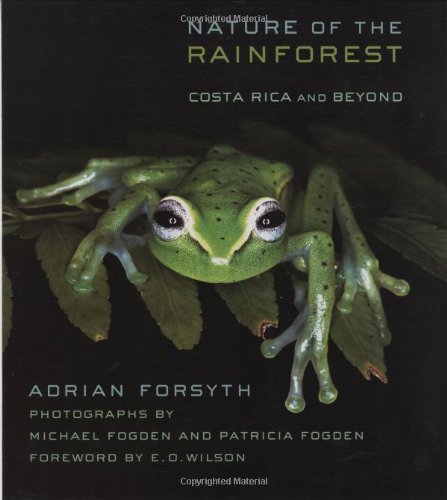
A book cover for Nature of the Rainforest: Costa Rica and Beyond (Zona Tropical Publications); Adrian Forsyth; Science & Math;